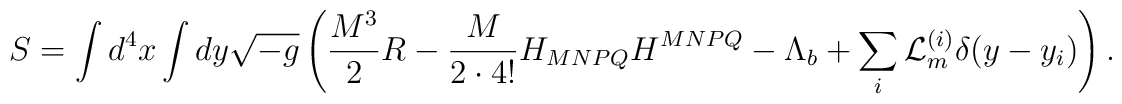
S=\int d^4x\int dy \sqrt{-g}\left(\frac{M^3}{2}R-\frac{M}{2\cdot 4!}H_{MNPQ}H^{MNPQ}-\Lambda_b+\sum_{i} {\cal L}_m^{(i)}\delta(y-y_i)\right).